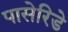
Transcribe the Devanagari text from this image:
पासेरिडे